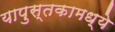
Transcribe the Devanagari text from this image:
यापुस्तकामध्ये